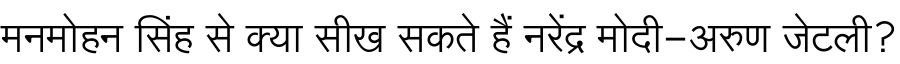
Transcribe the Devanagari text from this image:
मनमोहन सिंह से क्या सीख सकते हैं नरेंद्र मोदी-अरुण जेटली?